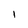
Character: 1